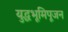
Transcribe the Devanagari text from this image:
युद्धभूमिपूजन